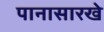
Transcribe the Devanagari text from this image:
पानासारखे